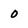
Character: 0